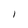
Character: l